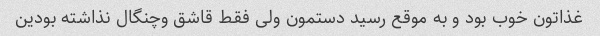
غذاتون خوب بود و به موقع رسید دستمون ولی فقط قاشق وچنگال نذاشته بودین